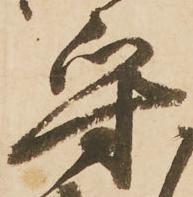
守